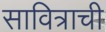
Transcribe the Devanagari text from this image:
सावित्राची